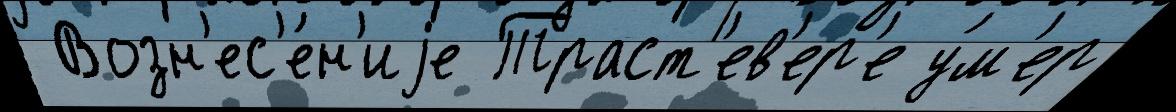
 Возн'ес'е́н'иjе Траст'ев'ер'е у́м'ер